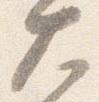
大